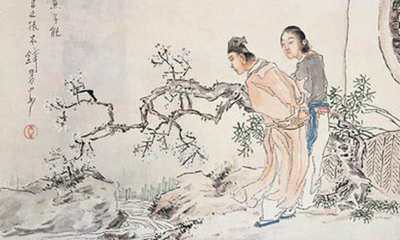
正单衣试酒，恨客里光阴虚掷。